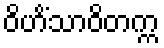
ဝိဟိံသာဝိတက္က